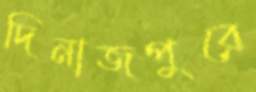
দিনাজপুরে